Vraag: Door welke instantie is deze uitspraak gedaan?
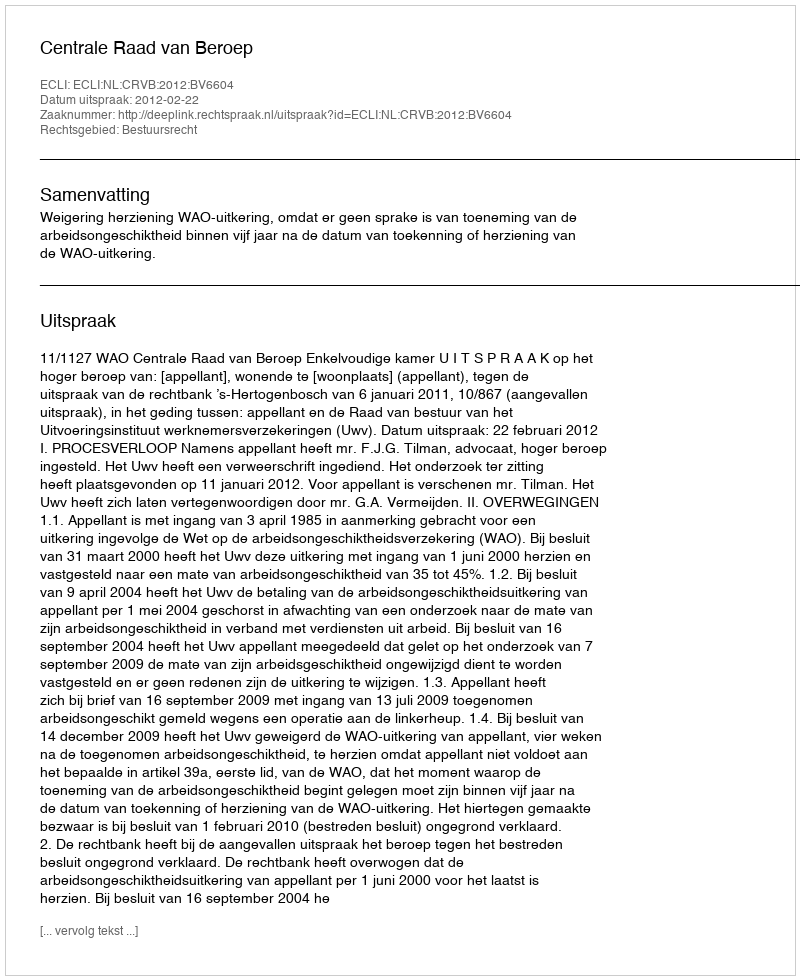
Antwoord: Centrale Raad van Beroep